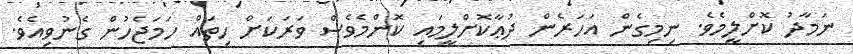
ނަމާދު ކޮށްލީމެވެ. ނިމިގެން އަހަރެން ދުޢާކޮށްލީމައި ކޮންމެވެސް ވަރަކަށް ހިތައް ހަމަޖެހުން ގެނުވިއެވެ.